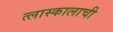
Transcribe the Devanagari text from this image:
त्लास्कालाची